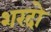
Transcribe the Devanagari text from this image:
शरदो